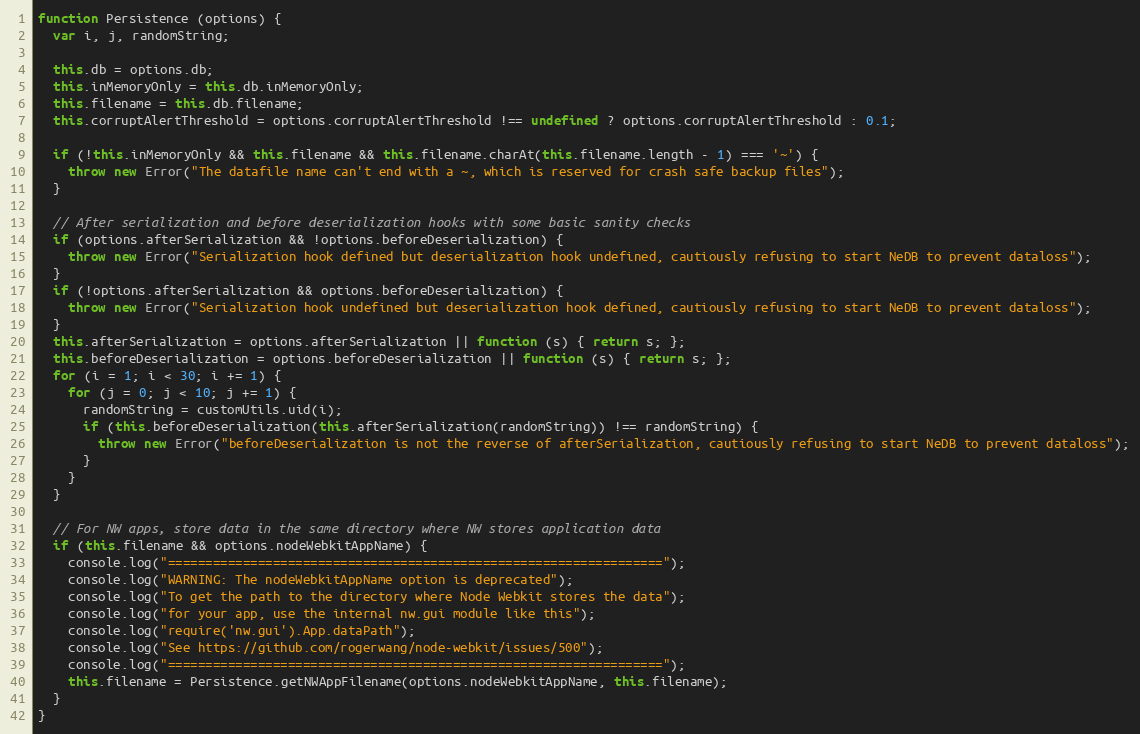
Language: JavaScript
function Persistence (options) {
  var i, j, randomString;

  this.db = options.db;
  this.inMemoryOnly = this.db.inMemoryOnly;
  this.filename = this.db.filename;
  this.corruptAlertThreshold = options.corruptAlertThreshold !== undefined ? options.corruptAlertThreshold : 0.1;

  if (!this.inMemoryOnly && this.filename && this.filename.charAt(this.filename.length - 1) === '~') {
    throw new Error("The datafile name can't end with a ~, which is reserved for crash safe backup files");
  }

  // After serialization and before deserialization hooks with some basic sanity checks
  if (options.afterSerialization && !options.beforeDeserialization) {
    throw new Error("Serialization hook defined but deserialization hook undefined, cautiously refusing to start NeDB to prevent dataloss");
  }
  if (!options.afterSerialization && options.beforeDeserialization) {
    throw new Error("Serialization hook undefined but deserialization hook defined, cautiously refusing to start NeDB to prevent dataloss");
  }
  this.afterSerialization = options.afterSerialization || function (s) { return s; };
  this.beforeDeserialization = options.beforeDeserialization || function (s) { return s; };
  for (i = 1; i < 30; i += 1) {
    for (j = 0; j < 10; j += 1) {
      randomString = customUtils.uid(i);
      if (this.beforeDeserialization(this.afterSerialization(randomString)) !== randomString) {
        throw new Error("beforeDeserialization is not the reverse of afterSerialization, cautiously refusing to start NeDB to prevent dataloss");
      }
    }
  }

  // For NW apps, store data in the same directory where NW stores application data
  if (this.filename && options.nodeWebkitAppName) {
    console.log("==================================================================");
    console.log("WARNING: The nodeWebkitAppName option is deprecated");
    console.log("To get the path to the directory where Node Webkit stores the data");
    console.log("for your app, use the internal nw.gui module like this");
    console.log("require('nw.gui').App.dataPath");
    console.log("See https://github.com/rogerwang/node-webkit/issues/500");
    console.log("==================================================================");
    this.filename = Persistence.getNWAppFilename(options.nodeWebkitAppName, this.filename);
  }
}